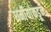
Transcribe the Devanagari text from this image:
धर्मीयांकडून